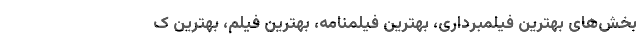
بخش‌های بهترین فیلمبرداری، بهترین فیلمنامه، بهترین فیلم، بهترین ک